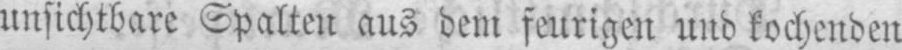
unsichtbare Spalten aus dem feurigen und kochenden